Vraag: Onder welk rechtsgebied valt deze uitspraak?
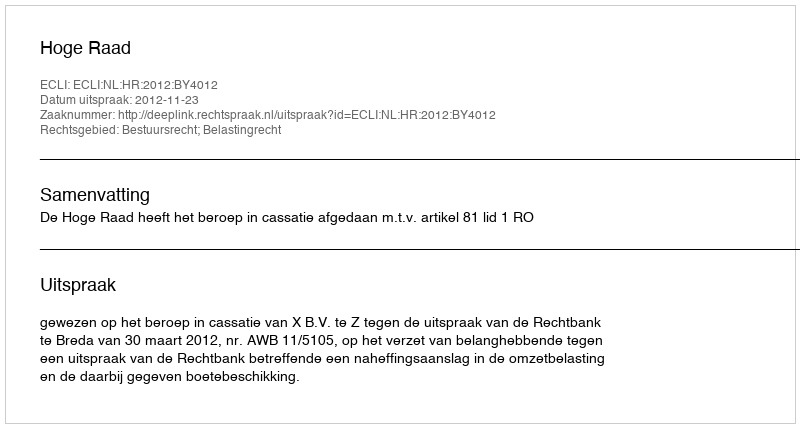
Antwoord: Bestuursrecht; Belastingrecht